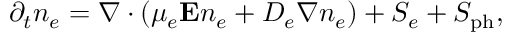
\partial _ { t } n _ { e } = \nabla \cdot ( \mu _ { e } \mathbf { E } n _ { e } + D _ { e } \nabla n _ { e } ) + S _ { e } + S _ { \mathrm { p h } } ,